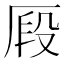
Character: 𠩻